Source: Handwritten
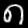
Digit: ၈ (8)